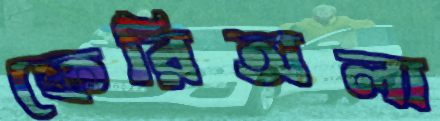
ফেরিঅলা